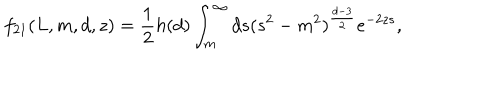
f _ { 2 1 } ( L , m , d , z ) = \frac { 1 } { 2 } h ( d ) \int _ { m } ^ { \infty } d s ( s ^ { 2 } - m ^ { 2 } ) ^ { \frac { d - 3 } { 2 } } e ^ { - 2 z s } , \qquad